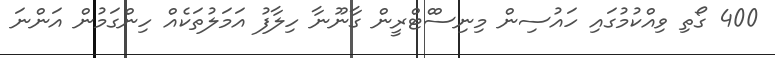
400 ގޯތި ވިއްކުމުގައި ހައުސިން މިނިސްްޓްރީން ގާނޫނާ ހިލާފު އަމަލުތަކެއް ހިންގަމުން އަންނަ